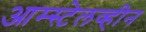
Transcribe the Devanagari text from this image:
आम्स्टेलव्हीन